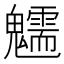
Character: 𩴶